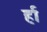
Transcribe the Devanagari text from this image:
र्हा